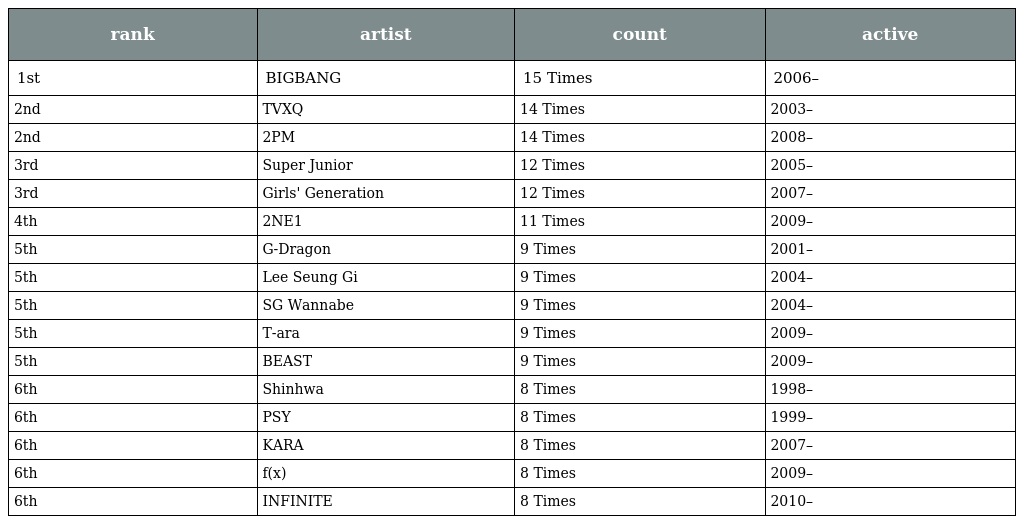
| rank | artist | count | active |
 | --- | --- | --- | --- |
 | 1st | BIGBANG | 15 Times | 2006– |
 | 2nd | TVXQ | 14 Times | 2003– |
 | 2nd | 2PM | 14 Times | 2008– |
 | 3rd | Super Junior | 12 Times | 2005– |
 | 3rd | Girls' Generation | 12 Times | 2007– |
 | 4th | 2NE1 | 11 Times | 2009– |
 | 5th | G-Dragon | 9 Times | 2001– |
 | 5th | Lee Seung Gi | 9 Times | 2004– |
 | 5th | SG Wannabe | 9 Times | 2004– |
 | 5th | T-ara | 9 Times | 2009– |
 | 5th | BEAST | 9 Times | 2009– |
 | 6th | Shinhwa | 8 Times | 1998– |
 | 6th | PSY | 8 Times | 1999– |
 | 6th | KARA | 8 Times | 2007– |
 | 6th | f(x) | 8 Times | 2009– |
 | 6th | INFINITE | 8 Times | 2010– |